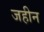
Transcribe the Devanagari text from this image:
जहीन